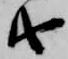
由